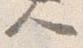
人